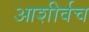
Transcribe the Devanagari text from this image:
आशीर्वच